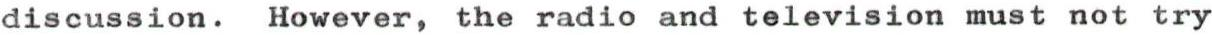
discussion. However, the radio and television must not try